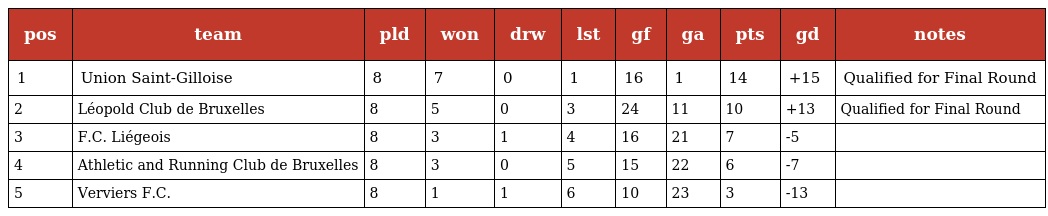
| pos | team | pld | won | drw | lst | gf | ga | pts | gd | notes |
 | --- | --- | --- | --- | --- | --- | --- | --- | --- | --- | --- |
 | 1 | Union Saint-Gilloise | 8 | 7 | 0 | 1 | 16 | 1 | 14 | +15 | Qualified for Final Round |
 | 2 | Léopold Club de Bruxelles | 8 | 5 | 0 | 3 | 24 | 11 | 10 | +13 | Qualified for Final Round |
 | 3 | F.C. Liégeois | 8 | 3 | 1 | 4 | 16 | 21 | 7 | -5 |  |
 | 4 | Athletic and Running Club de Bruxelles | 8 | 3 | 0 | 5 | 15 | 22 | 6 | -7 |  |
 | 5 | Verviers F.C. | 8 | 1 | 1 | 6 | 10 | 23 | 3 | -13 |  |